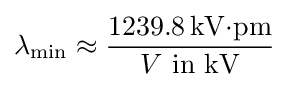
\lambda _{\rm {min}}\approx {\frac {1239.8\,\mathrm {kV{\cdot }pm} }{V{\text{ in kV}}}}